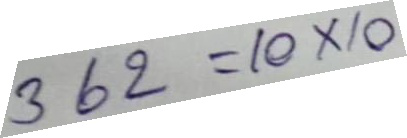
362 = 10 x 10